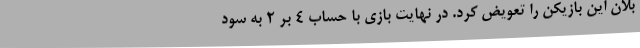
بلان این بازیکن را تعویض کرد. در نهایت بازی با حساب ۴ بر ۲ به سود